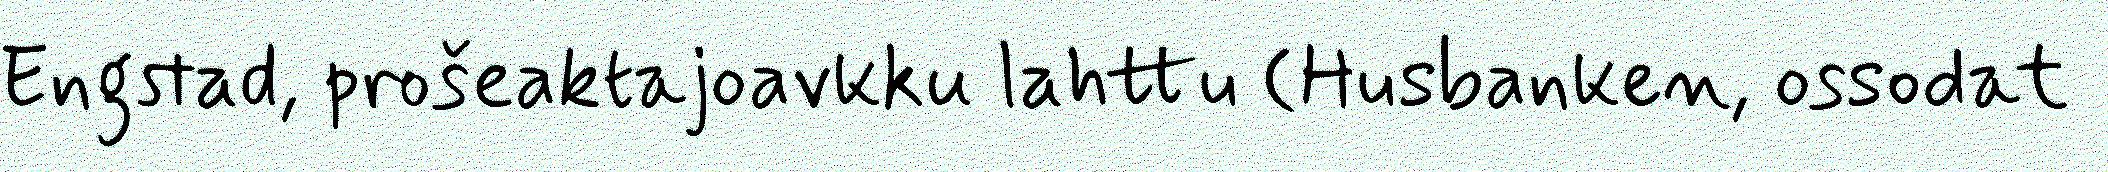
Engstad, prošeaktajoavkku lahttu (Husbanken, ossodat